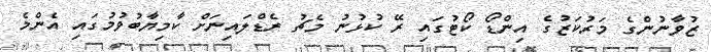
ޒުވާނުންގެ މަރުކަޒުގެ އިންޑޯ ކޯޓުގައި ރޭ ކުޅުނު މެޗު ރެޑްލައިނަށް ކާމިޔާބުވުމުގައި އެންމެ